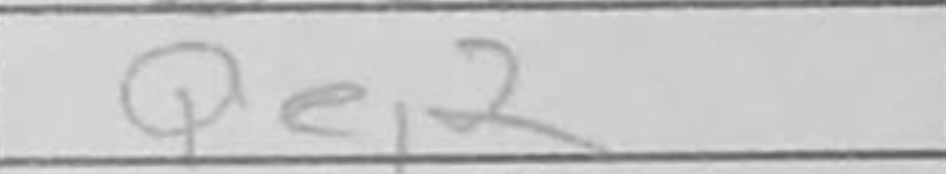
Transcription: Qe2